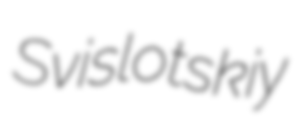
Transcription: Svislotskiy